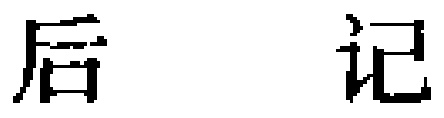
后记